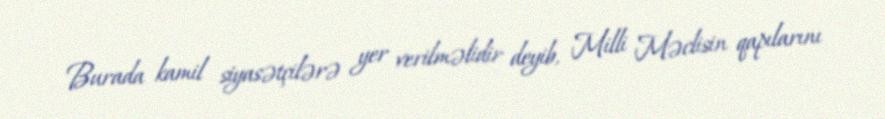
Burada kamil siyasətçilərə yer verilməlidir deyib, Milli Məclisin qapılarını